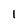
Character: 1